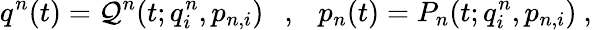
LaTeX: q^{n}(t)=\mathcal{Q}^{n}(t;q_{i}^{n},p_{n,i})\ \ \ ,\ \ \ p_{n}(t)=P_{n}(t;q_{i}^{n},p_{n,i})\ ,